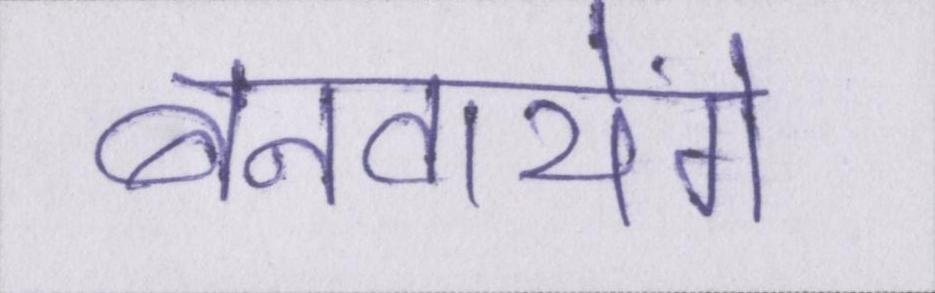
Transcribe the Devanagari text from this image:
बनवायेंगे